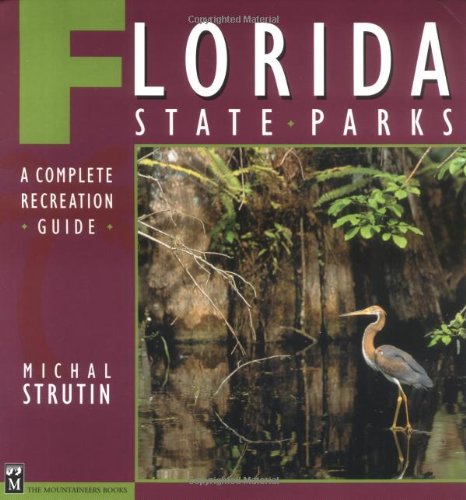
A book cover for Florida State Parks; Michal Strutin; Sports & Outdoors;